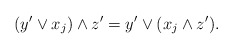
\begin{align*}(y'\vee x_{j})\wedge z' = y'\vee(x_{j}\wedge z').\end{align*}